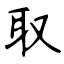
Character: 取